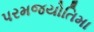
પરમજયોતિમા